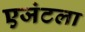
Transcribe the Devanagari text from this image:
एजंटला